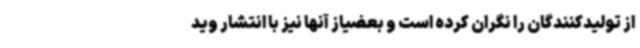
از تولیدکنندگان را نگران کرده است و بعضیاز آنها نیز با انتشار وید